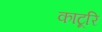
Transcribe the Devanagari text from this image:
काटूरि